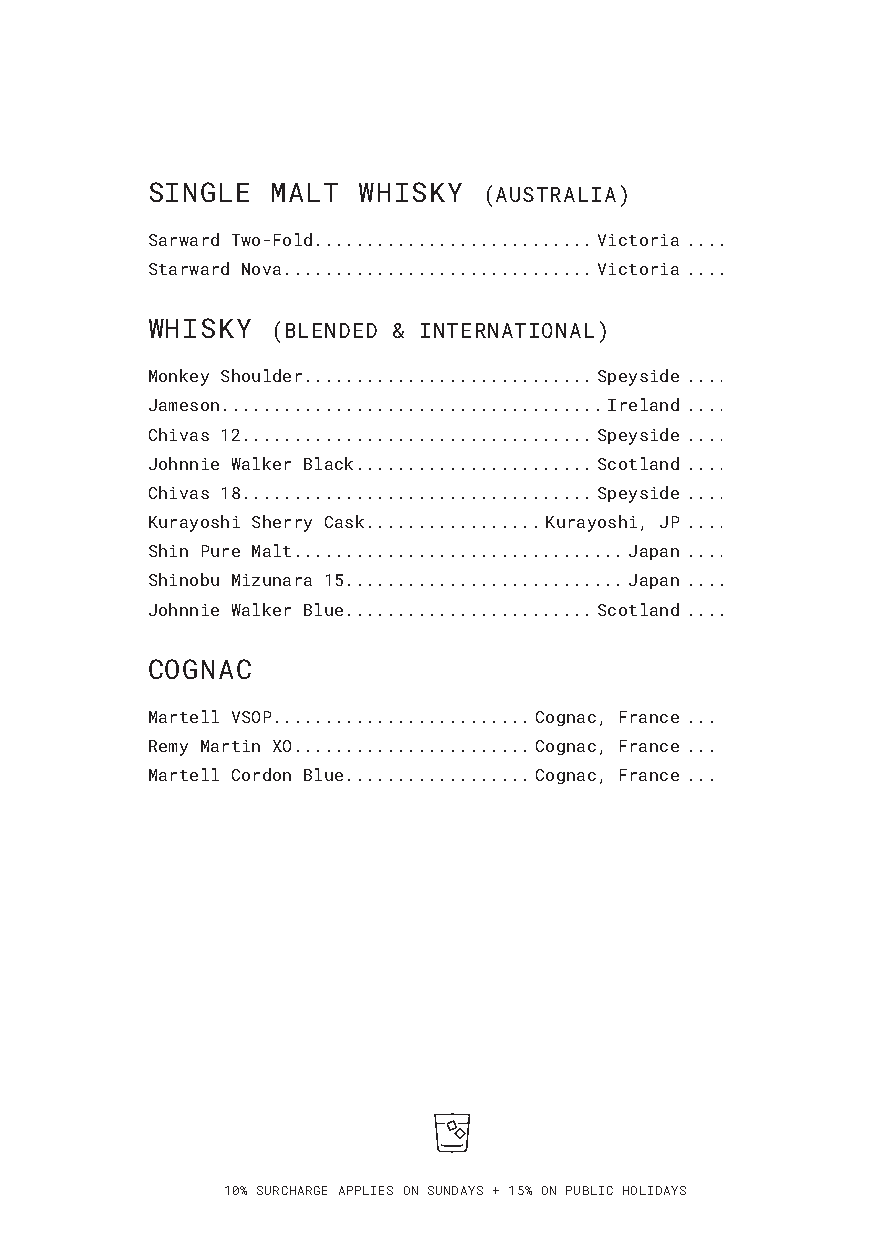
SINGLE  MALT  WHISKY  (AUSTRALIA)
 Sarward Two-Fold...........................Victoria ..... 9
 Starward Nova..............................Victoria .... 12
 WHISKY  (BLENDED & INTERNATIONAL)
 Monkey Shoulder............................Speyside ..... 9
 Jameson. ....................................Ireland ..... 9
 Chivas 12. .................................Speyside .... 10
 Johnnie Walker Black.......................Scotland .... 10
 Chivas 18. .................................Speyside .... 14
 Kurayoshi Sherry Cask.................Kurayoshi, JP .... 14
 Shin Pure Malt. ...............................Japan .... 16
 Shinobu Mizunara 15...........................Japan .... 20
 Johnnie Walker Blue........................Scotland .... 25
 COGNAC
 Martell VSOP. ........................Cognac, France .... 13
 Remy Martin XO.......................Cognac, France .... 30
 Martell Cordon Blue..................Cognac, France .... 30
 10% SURCHARGE APPLIES ON SUNDAYS + 15% ON PUBLIC HOLIDAYS